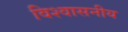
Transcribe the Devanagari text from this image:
विश्‍वासनीय